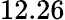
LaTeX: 12.26